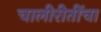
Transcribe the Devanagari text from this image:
चालीरीतींचा